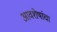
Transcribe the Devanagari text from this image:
आवशेषांचा